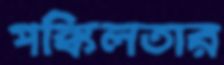
পঙ্কিলতার